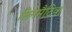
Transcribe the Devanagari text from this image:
सिनेमैटिक